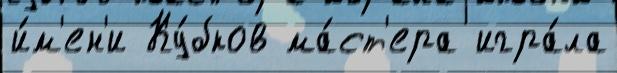
и́м'ен'и Ку́бков ма́ст'ера игра́ла